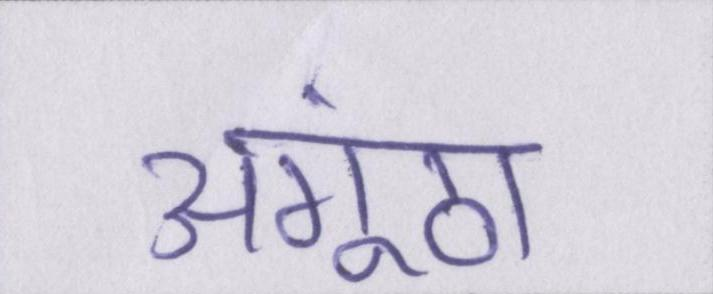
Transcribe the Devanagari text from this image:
अंगूठा